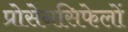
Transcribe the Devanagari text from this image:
प्रोसेनसिफेलों